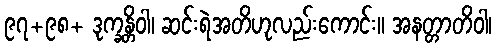
၉၇+၉၈+ ဒုက္ခန္တိဝါ၊ ဆင်းရဲအတိဟုလည်းကောင်း။ အနတ္တာတိဝါ၊